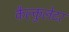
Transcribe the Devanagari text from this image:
कैल्कुलेटर